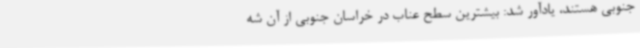
جنوبی هستند، یادآور شد: بیشترین سطح عناب در خراسان جنوبی از آن شه